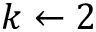
k \leftarrow 2